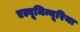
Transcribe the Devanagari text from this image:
एल्बूमिन्यूरिया